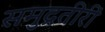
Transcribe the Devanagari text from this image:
समुद्रतीरीं